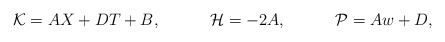
\begin{align*}{\cal K}=AX+DT+B,\qquad\quad{\cal H}=-2A,\qquad\quad{\cal P}=Aw+D,\end{align*}